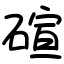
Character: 碹